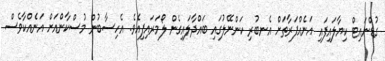
ގުޑްނައިޓް ކިޔާލައިފައި އަނެއްފަރާތަށް އެނބުރި ކަންނޭލުގައި ބައްދާލައިގެން ލޯމަރައިފިއެވެ. އެހިސާބުން މުސްކާންއަށް އަނެއްކާވެސް